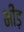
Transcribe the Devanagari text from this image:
भींड़